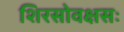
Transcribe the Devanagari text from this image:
शिरसोवक्षसः